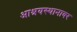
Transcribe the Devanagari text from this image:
आश्रयस्थानावर